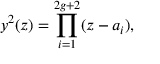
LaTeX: y ^ { 2 } ( z ) = \prod _ { i = 1 } ^ { 2 g + 2 } ( z - a _ { i } ) ,